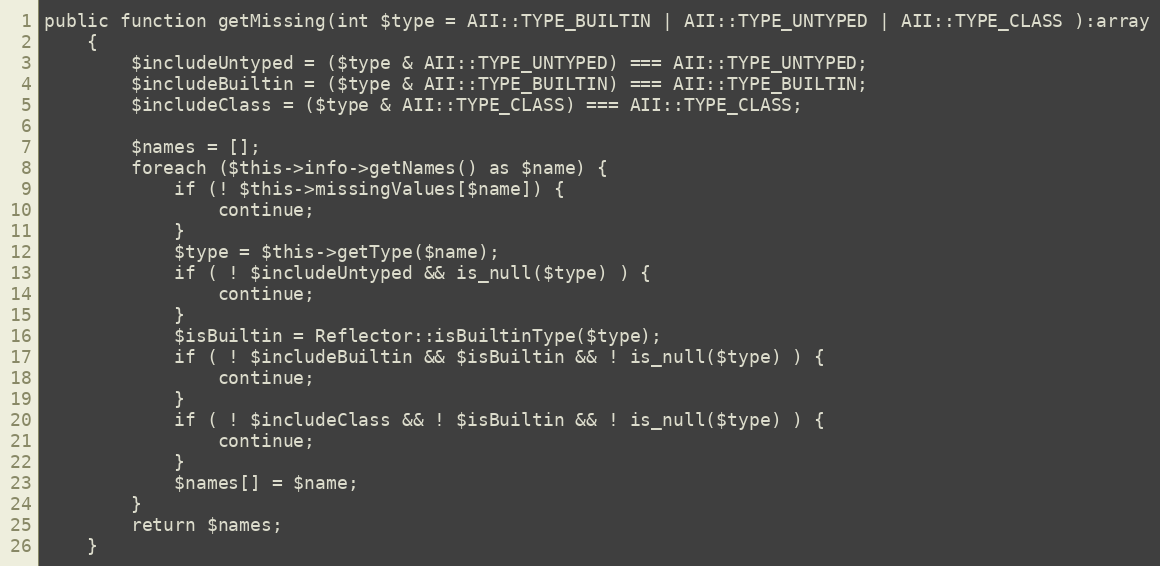
Language: PHP
public function getMissing(int $type = AII::TYPE_BUILTIN | AII::TYPE_UNTYPED | AII::TYPE_CLASS ):array
    {
        $includeUntyped = ($type & AII::TYPE_UNTYPED) === AII::TYPE_UNTYPED;
        $includeBuiltin = ($type & AII::TYPE_BUILTIN) === AII::TYPE_BUILTIN;
        $includeClass = ($type & AII::TYPE_CLASS) === AII::TYPE_CLASS;

        $names = [];
        foreach ($this->info->getNames() as $name) {
            if (! $this->missingValues[$name]) {
                continue;
            }
            $type = $this->getType($name);
            if ( ! $includeUntyped && is_null($type) ) {
                continue;
            }
            $isBuiltin = Reflector::isBuiltinType($type);
            if ( ! $includeBuiltin && $isBuiltin && ! is_null($type) ) {
                continue;
            }
            if ( ! $includeClass && ! $isBuiltin && ! is_null($type) ) {
                continue;
            }
            $names[] = $name;
        }
        return $names;
    }